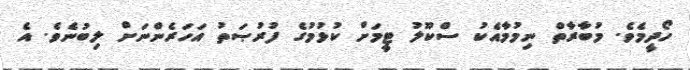
ހޯދީމެވެ. މުބާރާތް ނިމުމާއެކު ސްކޫލު ޓީމަށް ކުޅުމުގެ ފުރުޞަތު އަހަރެންނަށް ލިބުނެވެ. އެ